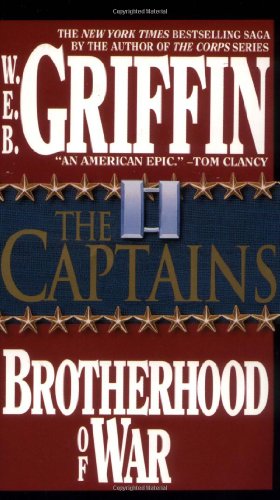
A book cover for The Captains (Brotherhood of War); W.E.B. Griffin; Literature & Fiction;